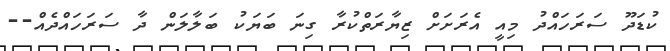
ކުޑަދޫ ސަރަހައްދު މިއީ އެރަށަށް ޒިޔާރަތްކުރާ ގިނަ ބަޔަކު ބަލާލަން ދާ ސަރަހައްދެއް--